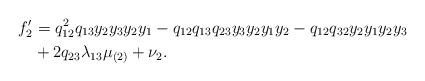
LaTeX: \begin{align*}f_2'&=q_{12}^2q_{13} y_2y_3y_2y_1-q_{12}q_{13}q_{23}y_3y_2y_1y_2-q_{12}q_{32} y_2y_1y_2y_3 \\& +2q_{23}\lambda_{13}\mu_{(2)}+\nu_2.\end{align*}